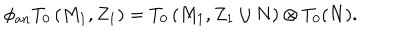
\phi _ { a n } T _ { 0 } \left( M _ { 1 } , Z _ { 1 } \right) = T _ { 0 } \left( M _ { 1 } , Z _ { 1 } \cup N \right) \otimes T _ { 0 } ( N ) .